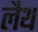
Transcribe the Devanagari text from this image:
लैथ